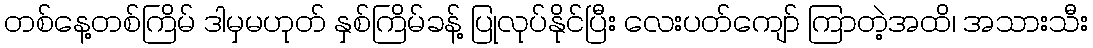
တစ်နေ့တစ်ကြိမ် ဒါမှမဟုတ် နှစ်ကြိမ်ခန့် ပြုလုပ်နိုင်ပြီး လေးပတ်ကျော် ကြာတဲ့အထိ၊ အသားသီး